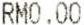
RM0.00